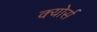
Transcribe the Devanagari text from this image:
क्योर्स